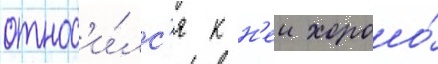
относ'и́лс'я к н'еи хорошо́